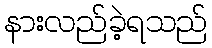
နားလည်ခဲ့ရသည်